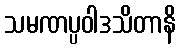
သမဏပ္ပဝါဒသိတာနိ